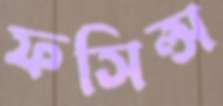
ফসিল্স